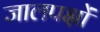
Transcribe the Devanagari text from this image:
जालपक्षों